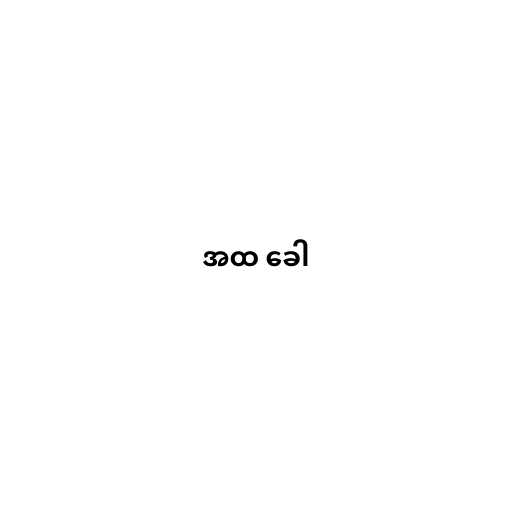
အထ ခေါ